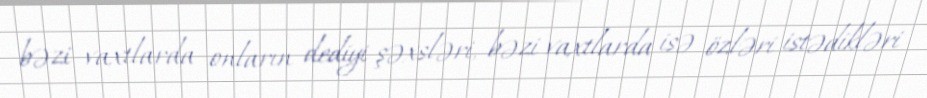
bəzi vaxtlarda onların dediyi şəxsləri, bəzi vaxtlarda isə özləri istədikləri